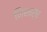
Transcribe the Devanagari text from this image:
निशार्ष